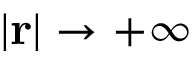
| \mathbf { r } | \to + \infty